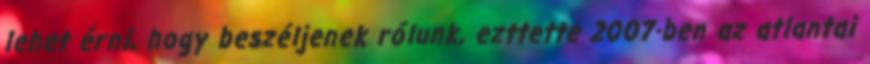
lehet érni, hogy beszéljenek rólunk, ezttette 2007-ben az atlantai